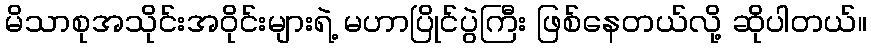
မိသာစုအသိုင်းအဝိုင်းများရဲ့ မဟာပြိုင်ပွဲကြီး ဖြစ်နေတယ်လို့ ဆိုပါတယ်။